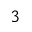
^ 3